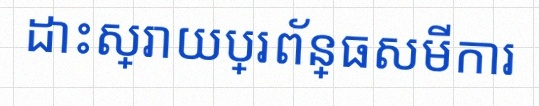
ដោះស្រាយប្រព័ន្ធសមីការ